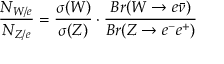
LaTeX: \frac { N _ { W / e } } { N _ { Z / e } } = \frac { \sigma ( W ) } { \sigma ( Z ) } \cdot \frac { B r ( W \to e \bar { \nu } ) } { B r ( Z \to e ^ { - } e ^ { + } ) }